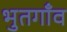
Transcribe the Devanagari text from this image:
भुतगाँव